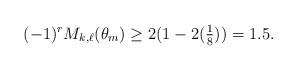
LaTeX: \begin{align*}(-1)^r M_{k,\ell}(\theta_m) \geq 2(1-2 (\tfrac{1}{8})) = 1.5.\end{align*}